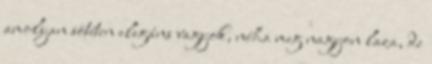
amolyan sötéten elegáns vagyok, néha meg nagyon laza, de